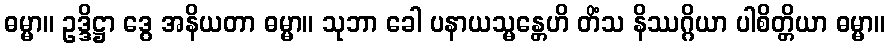
ဓမ္မာ။ ဥဒ္ဒိဋ္ဌာ ဒွေ အနိယတာ ဓမ္မာ။ သုဘာ ခေါ ပနာယသ္မန္တေဟိ တိံသ နိဿဂ္ဂိယာ ပါစိတ္တိယာ ဓမ္မာ။